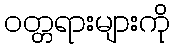
ဝတ္တရားများကို